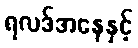
ရလဒ်အနေနှင့်